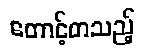
တောင့်တသည့်